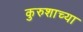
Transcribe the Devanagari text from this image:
कुरुशाच्या